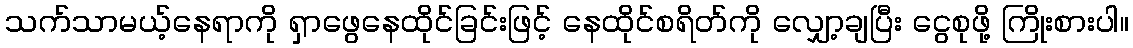
သက်သာမယ့်နေရာကို ရှာဖွေနေထိုင်ခြင်းဖြင့် နေထိုင်စရိတ်ကို လျှော့ချပြီး ငွေစုဖို့ ကြိုးစားပါ။